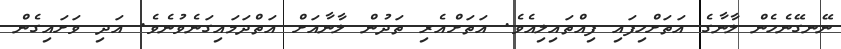
ނޭނގޭނެހެން ލާނާގެ އަތަށްހިފައި ފިއްތައިލިއެވެ. އަތަށްއެރި ތަދުން ލާނާއަށް އަތްދަމައިގަނެވުނެވެ. އަދި ވަށައިގެން